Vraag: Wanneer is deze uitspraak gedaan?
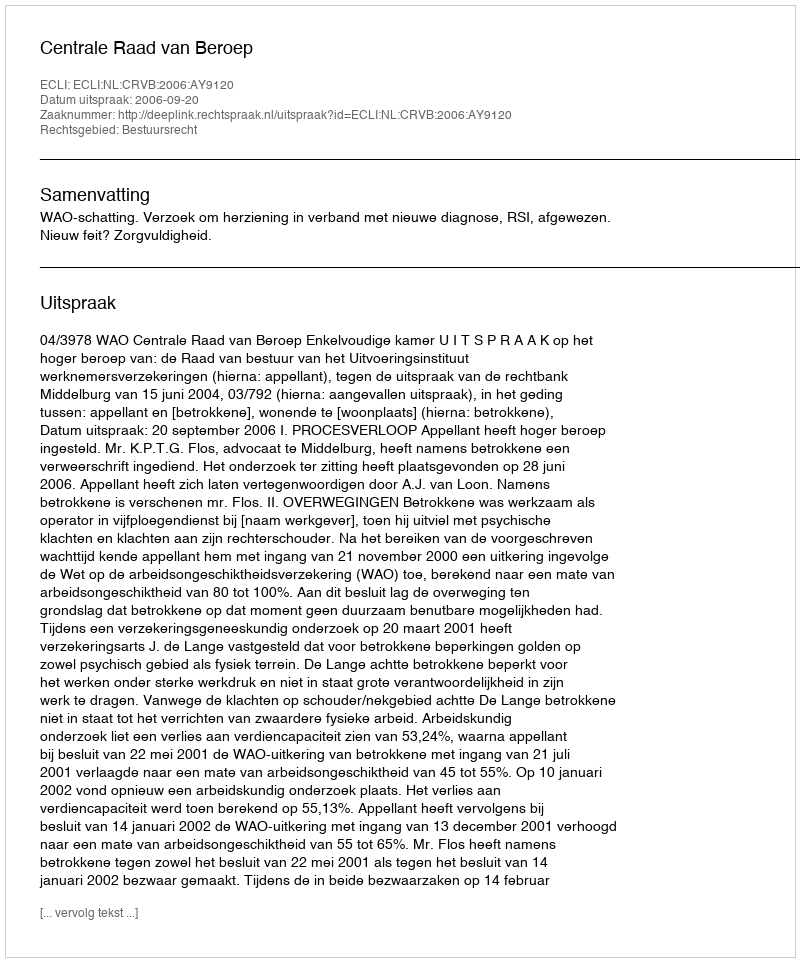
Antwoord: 2006-09-20